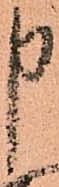
申